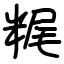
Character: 䊊